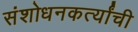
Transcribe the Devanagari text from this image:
संशोधनकर्त्यांची